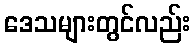
ဒေသများတွင်လည်း